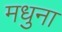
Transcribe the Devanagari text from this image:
मधुना